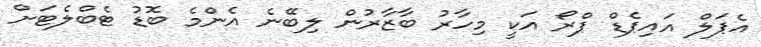
އެޕަލް އައިޕެޑް ޕްރޯ އަކީ މިހާރު ބާޒާރުން ލިބޭނެ އެންމެ ބޮޑު ޓެބްލެޓަށް